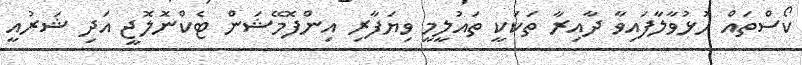
ކޯސްތައް ހުޅުވާލާފައިވާ ދާއިރާ ތަކަކީ ތައުލީމީ ވިޔަފާރި އިންފޮމޭޝަން ޓެކްނޮލޮޖީ އަދި ޝަރުއީ